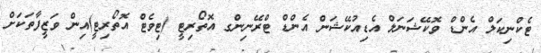
ޓެކްނިކަލް އެންޑް ވޮކޭޝަނަލް އެޑިއުކޭޝަން އެންޑް ޓްރޭނިންގ އޮތޯރިޓީ (ޓިވެޓް އޮތޯރިޓީ)އިން ވަޒީފާތަކަށް